Indian journal of veterinary science and animal husbandry - Volume 4,
Year: 1934
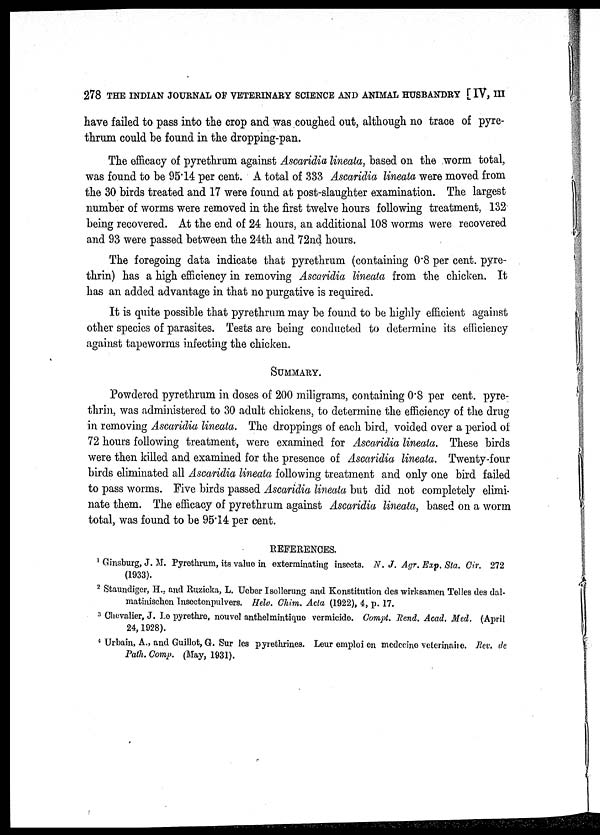
278 THE INDIAN JOURNAL OF VETERINARY SCIENCE AND ANIMAL HUSBANDRY [ IV, III
have failed to pass into the crop and was coughed out, although no trace of pyre-
thrum could be found in the dropping-pan.
The efficacy of pyrethrum against Ascaridia lineata, based on the worm total,
was found to be 95.14 per cent. A total of 333 Ascaridia lineata were moved from
the 30 birds treated and 17 were found at post-slaughter examination. The largest
number of worms were removed in the first twelve hours following treatment, 132
being recovered. At the end of 24 hours, an additional 108 worms were recovered
and 93 were passed between the 24th and 72nd hours.
The foregoing data indicate that pyrethrum (containing 0.8 per cent. pyre-
thrin) has a high efficiency in removing Ascaridia lineata from the chicken. It
has an added advantage in that no purgative is required.
It is quite possible that pyrethrum may be found to be highly efficient against
other species of parasites. Tests are being conducted to determine its efficiency
against tapeworms infecting the chicken.
SUMMARY.
Powdered pyrethrum in doses of 200 miligrams, containing 0.8 per cent. pyre¬
thrin, was administered to 30 adult chickens, to determine the efficiency of the drug
in removing Ascaridia lineata. The droppings of each bird, voided over a period of
72 hours following treatment, were examined for Ascaridia lineata. These birds
were then killed and examined for the presence of Ascaridia lineata. Twenty-four
birds eliminated all Ascaridia lineata following treatment and only one bird failed
to pass worms. Five birds passed Ascaridia lineata but did not completely elimi-
nate them. The efficacy of pyrethrum against Ascaridia lineata, based on a worm
total, was found to be 95.14 per cent.
REFERENCES.
1 Ginsburg, J. M. Pyrethrum, its value in exterminating insects. N. J. Agr. Exp. Sta. Cir. 272
(1933).
2 Staundiger, H., and Ruzicka, L. Ueber Isollerung and Konstitution des wirksamen Telles des dal-
matinischen Insectenpulvers. Helv. Chim. Acta (1922), 4, p. 17.
3 Chevalier, J. Le pyrethre, nouvel anthelmintique vermicide. Compt. Rend. Acad. Med. (April
24, 1928).
4 Urbain, A., and Guillot, G. Sur les pyrethrines. Leur emploi en medccine veterinaire. Rev. de
Path. Comp. (May, 1931).